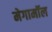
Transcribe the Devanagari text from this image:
मेगामॉल